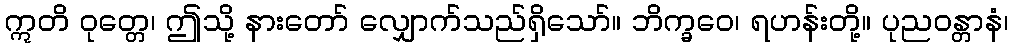
ဣတိ ဝုတ္တေ၊ ဤသို့ နားတော် လျှောက်သည်ရှိသော်။ ဘိက္ခဝေ၊ ရဟန်းတို့။ ပုညဝန္တာနံ၊